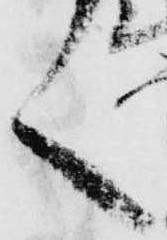
く